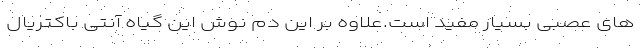
های عصبی بسیار مفید است.علاوه بر این دم نوش این گیاه آنتی باکتریال